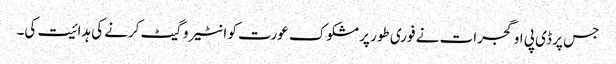
جس پر ڈی پی او گجرات نے فوری طور پر مشکوک عورت کو انٹیروگیٹ کرنے کی ہدائیت کی۔